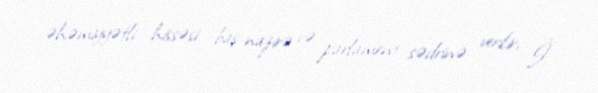
əhəmiyyətli hissəsi baş nazirə və parlament sədrinə verilir, İ.